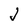
Character: J